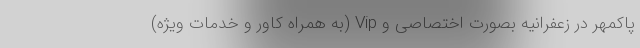
پاکمهر در زعفرانیه بصورت اختصاصی و Vip (به همراه کاور و خدمات ویژه)